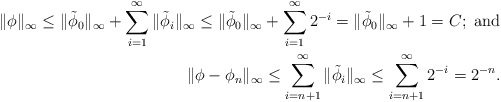
\begin{align*}\| \phi\|_{\infty} \leq \| \tilde{\phi}_0\|_{\infty} + \sum_{i=1}^{\infty}\|\tilde{\phi}_i\|_{\infty} \leq \|\tilde{\phi}_0\|_{\infty} + \sum_{i=1}^{\infty}2^{-i} = \|\tilde{\phi}_0\|_{\infty} + 1 = C;\ \textrm{and}\\ \|\phi- \phi_n\|_{\infty} \leq \sum_{i=n+1}^{\infty} \|\tilde{\phi}_i\|_{\infty} \leq \sum_{i = n+1}^{\infty}2^{-i} = 2^{-n}.\end{align*}